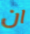
ان